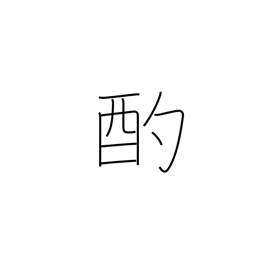
Meaning: scoop